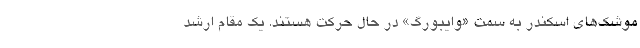
موشک‌های اسکندر به سمت «وایبورگ» در حال حرکت هستند. یک مقام ارشد